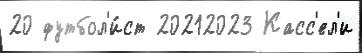
20 футбол'и́ст 20212023 Касс'ел'и